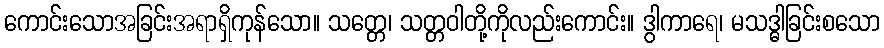
ကောင်းသောအခြင်းအရာရှိကုန်သော။ သတ္တေ၊ သတ္တဝါတို့ကိုလည်းကောင်း။ ဒွါကာရေ၊ မသဒ္ဓါခြင်းစသော